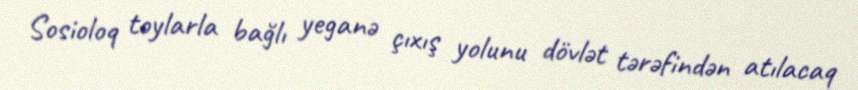
Sosioloq toylarla bağlı yeganə çıxış yolunu dövlət tərəfindən atılacaq